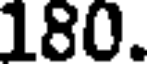
180.